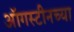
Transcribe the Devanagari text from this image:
ऑगस्टीनच्या